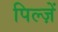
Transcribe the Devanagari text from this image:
पिल्ज़ें